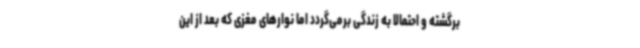
برگشته و احتمالا به زندگی برمی‌گردد اما نوارهای مغزی که بعد از این